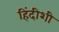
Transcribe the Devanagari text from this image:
हिंदीशी